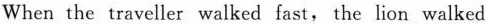
When the traveller walked fast, the lion walked